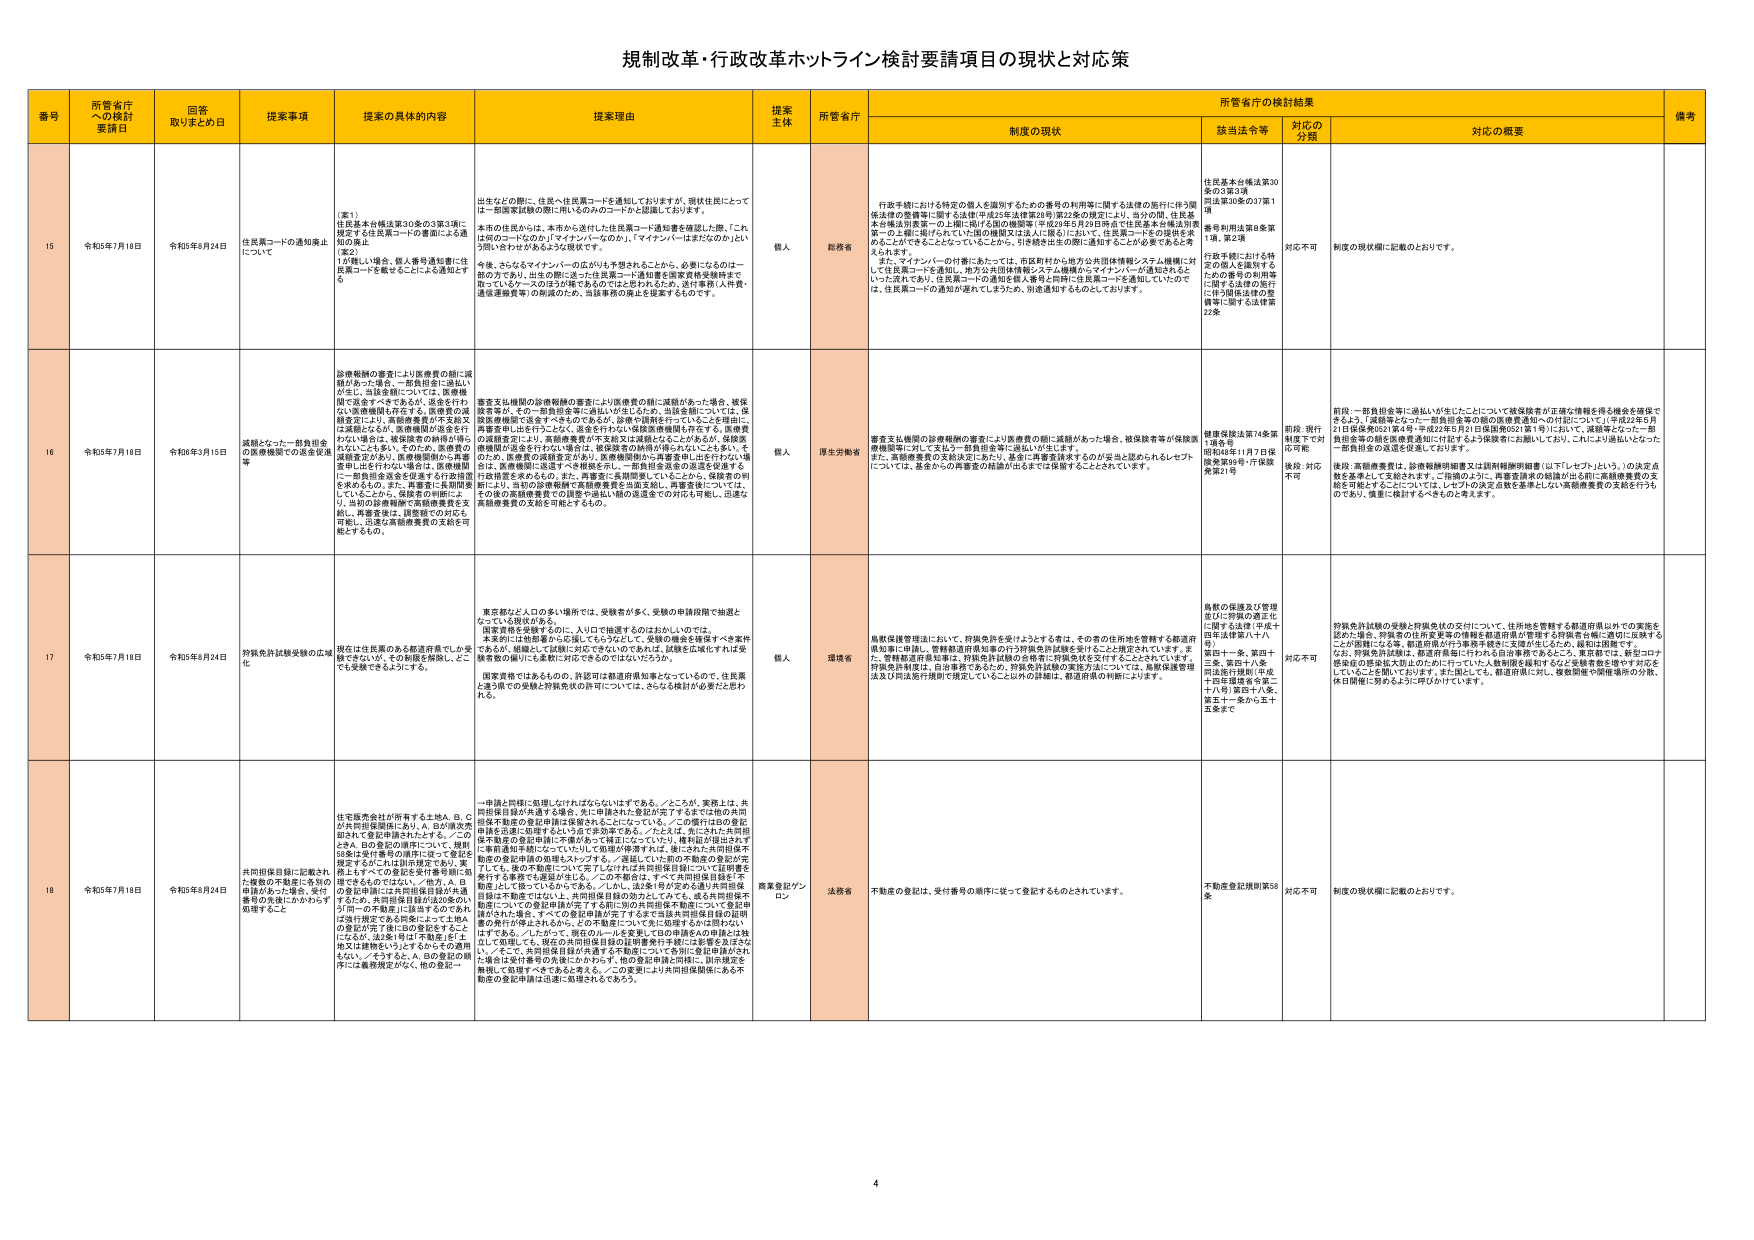
規制改革・行政改革ホットライン検討要請項目の現状と対応策

番号 所管省庁への検討要請日 回答取りまとめ日 提案事項 提案の具体的内容 提案理由 提案主体 所管省庁 所管省庁の検討結果 備考
制度の現状 該当法令等 対応の分類 対応の概要

15 令和5年7月18日 令和5年8月24日 住民票コードの通知廃止について （案1） 住民基本台帳法第30条の3第3項に規定する住民票コードの書面による通知の廃止 （案2） 1が難しい場合、個人番号通知等に住民票コードを載せることがよろしくと思われます 出生などの際に、住民へ住民票コードを通知しておりますが、現状住民にとっては一部御家族間の関係に用いるのみのコードかと認識しております。 本市の住民からは、本市から送付した住民票コード通知書を確認した際、「これは何のコードなのか」「マイナンバーなのか」「マイナンバーはまだないのにどうして」とわざわざあるような現状です。 今後、さらなるマイナンバーの広がりも予想されることから、必要になるのは一部の方であり、出先の際に送った住民票コード通知書を国家資格受験料まで使っているケースのほうが稀であるのではと思われると、送付事務（人件費・通信運搬費等）の削減のため、当該事務の廃止を提案するものです。 個人 総務省 行政手続における特定の個人を識別するための番号の利用等に関する法律の施行に伴う関係法律の整備等に関する法律（平成25年法律第28号）第22条の規定により、当分の間、住民基本台帳法別表第一の上欄に掲げる国の機関等（平成29年5月29日所定で住民基本台帳法別表一の上欄に掲げたすべての国の機関又は法人に属る）において、住民票コードをの提供を求めることができることとなっていることから、引き続き出先の際に通知することが必要であると考えられます。 また、マイナンバーの付番にあたっては、市区町村から地方公共団体情報システム機構に対し、住民票コードを通知し、地方公共団体情報システム機構がマイナンバーが通知されないたったの番号であり、住民票コードの通知を個人番号と同時に住民票コードを通知していたので、住民票コードの通知が廃れてしまうため、別途通知するものとしております。 住民基本台帳法第30条の3第3項 同法第30条の37第1項 番号利用法第6条第1項、第2項 行政手続における特定の個人を識別するための番号の利用等に関する法律の施行に伴う関係法律の整備等に関する法律第22条 対応不可 制度の現状欄に記載のとおりです。

16 令和5年7月18日 令和6年3月15日 減額となった一部負担金の医療機関での返金処理等 診療報酬の審査により医療費の額に減額があった場合、一部負担金に該当しないが、当該金額については、医療機関で返金すべきであるが、返金を伴わない医療機関も存在する。医療費の返金処理により、医療機関が不支給又は減額となり、医療機関が返金を行うことにより、医療費の返金がされず、医療機関から再度支払いに追加される。医療機関に一部負担金返金を促進する行政措置を求めるもの。また、再審査に長期間要していることから、保険者の同意により、当初の診療報酬で医療機関を支給し、再審査後は、調整額での対応を可能にし、迅速な医療機関への支給を可能とするもの。 審査支払機関の診療報酬の審査により医療費の額に減額があった場合、被保険者等が、その一部負担金等に該当しないと見なされ、当該金額については、医療機関に返金すべきであるのであるが、診療や通院を行っていることと理由に、再審査中には行うことなく、返金を行わない医療機関も存在する。医療費の返金処理により、医療機関が不支給又は減額となることがあるが、保険医療機関が返金を行うのはいっつも、被保険者の負担が増大しないことよりも、そのた、医療費の返金処理がされず、医療機関から再度支払いに追加される。医療機関に一部負担金返金を促進する行政措置を求めるもの。また、再審査に長期間要していることから、保険者の同意により、当初の診療報酬で医療機関を支給し、再審査後は、調整額での対応を可能にし、迅速な医療機関への支給を可能とするもの。 個人 厚生労働省 審査支払機関の診療報酬の審査により医療費の額に減額があった場合、被保険者等が保険医療機関に対して支払う一部負担金等に該当いたしません。 また、医療機関の支給決定により、基本に再審査請求するのが妥当と認められるレセプトについては、基金からの再審査の結論が出るまでは保留することがされています。 健康保険法第74条第1項各号 昭和49年11月7日保険事務分野・行政検査第21号 前段：一部負担金等に該当しないが、当該金額については、医療機関に返金すべきであるが、返金を伴わない医療機関も存在する。医療費の返金処理により、医療機関が不支給又は減額となり、医療機関から再度支払いに追加される。医療機関に一部負担金返金を促進する行政措置を求めるもの。また、再審査に長期間要していることから、保険者の同意により、当初の診療報酬で医療機関を支給し、再審査後は、調整額での対応を可能にし、迅速な医療機関への支給を可能とするもの。 後段：高額療養費は、診療報酬明細書又は調剤報酬明細書（以下「レセプト」という。）の決定金額を基準として支給されます。一部損失により、再審査請求の結論が出る前に高額療養費の支給を可能とすることについては、レセプトの決定金額を基準としない高額療養費の支給を行うものであり、慎重に検討するべきものと考えます。 対応：現行制度下で対応可能 後段：対応不可

17 令和5年7月18日 令和5年8月24日 弁執免許試験受験の広域化 現在は住民票のある都道府県でしか受験できないが、その制限を解除し、どこでも受験できるようにする。 東京都など人口の多い場所では、受験者が多く、受験の申請段階で抽選となっている現状がある。 国家資格を受験するのに、人口で抽選するのにはおかしいのでは。 本来的には毎回誰かに応援してもらうなどして、受験の機会を確保すべき案件であるが、地域としては難しすぎてはやくできないのであれば、試験を広域化すれば受験者数の偏りにも柔軟に対応できるのではないかだろうか。 国家資格ではあるものの、許認可は都道府県知事となっているので、住民票と違う県での受験と弁執免許の許可については、さらなる検討が必要だとと思われる。 個人 環境省 異動後後管理法において、弁執免許を受けようとする者は、その者の住所地を管轄する都道府県知事に申請し、管轄都道府県知事の行う弁執免許試験を受けることと規定されています。また、管轄都道府県知事は、弁執免許試験の合格者に弁執免許を交付することとされています。 弁執免許制度は、自治体間で発生したが、弁執免許試験の実施方法については、異動後後管理法及び同法施行規則で規定していることから詳細は、都道府県の判断によります。 異動の保護及び管理並びに管理の適正化に関する法律（平成十四年法律第八十八号） 第四十一条、第四十三条、第四十八条 同法施行規則（平成十四年環境省令第二十九号）第四十八条、第五十一条から五十五条まで 対応不可 弁執免許試験の受験と弁執免許の交付について、住所地を管轄する都道府県以外での実施を認めの場合、弁執免許の所定要件の情報と都道府県が管理する府県を台帳に適切に反映することが困難になる等、都道府県が行う事務手続きに支障が生じるため、緩和は困難です。 なお、弁執免許試験は、都道府県毎に行われる自治事務であることから、異動後では、新型コロナ感染症の感染拡大防止のために行っていた人権制限を緩和するような措置を実施する予定としていることを聞いております。また現在として、都道府県に対し、複数回集中開催場所の分散、休日開催に努めるように呼びかけています。

18 令和5年7月18日 令和5年8月24日 共同担保登録に記載された複数の不動産に各別の申請があった場合、受付番号の発注にかかわらず処理すること 住民税滞納者が所有する土地A、B、Cが共同担保登録にあり、A、Bが連帯先勘定とする登記申請されとすると、このときA、Bの登記の請求について、裁判役務は受付番号の順序に従って登記を処理するがこれは誤りである。実務上すべての登記を受付番号順に処理できるものではない。／他方、A、Bの登記申請には共同担保登録が先進するため、共同担保登録が2回の多い引同一の不動産に該当するのであれば受付番号で各別処理によってはA、Bの登記が完了後にBの登記をすることになるが、法文には「不動産」を「登記又は登録をしない」とするもので適用もしない。／そうなると、A、Bの登記の順序には業務規定がない。他の登記に一申請と同様に処理しなければならないはずである。／ところが、実務上は、共同担保登録が先進する場合、先に申請された登記が完了するまでは他の共同担保不動産の登記申請は保留されることになっている。／この際には他の登記申請を迅速に処理するという点で非効率である。／たとえば、先にされた共同担保登記申請の登記申請に不備があって修正になっていても、権利証が提出されてい、不動産登記申請に至っていない。／結果として、他の不動産の登記が完了しても、後の不動産について完了したければ共同担保登録について証明書を発行する事務でも遅延が生じる。／この不備の点は、すべて共同担保登録を不動産に対して扱っているからである。／しかし、法文を検討すると連帯共同担保登録は不動産ではないし、共同担保登録が効力としてある。故に共同担保登録についての登記申請が完了する前に別の共同担保不動産について登記申請がされた場合、すべての登記申請が完了するまで当該共同担保登録の証明書の発行が停止されるのも、この不備点についても、処理する必要はないはずです。／したがって、現在のルールを変更してBの申請をAの申請とは独立して処理しても、現在の共同担保登録の証明書発行手続には影響を及ぼさない。／そこで、共同担保登録の申請を不動産について登記・登記申請がされ、不動産は受付番号の先後にかかわらず、他の登記申請と同様に、順序規定を無視して処理すべきであると考える。／この変更により共同担保関係にある不動産の登記申請は迅速に処理されるであろう。 商業登記ゾンロン 法務省 不動産の登記は、受付番号の順序に従って登記するものとされています。 不動産登記規則第58条 対応不可 制度の現状欄に記載のとおりです。

4